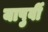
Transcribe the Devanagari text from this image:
यापुर्वी